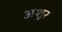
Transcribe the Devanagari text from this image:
अशूर